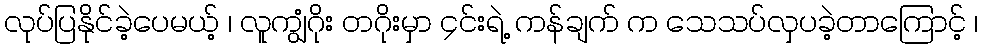
လုပ်ပြနိုင်ခဲ့ပေမယ့် ၊ လူကျွံဂိုး တဂိုးမှာ ၄င်းရဲ့ ကန်ချက် က သေသပ်လှပခဲ့တာကြောင့် ၊